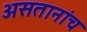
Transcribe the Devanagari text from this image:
असतानांच